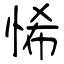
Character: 悕